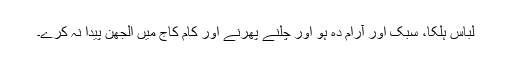
لباس ہلکا، سُبک اور آرام دہ ہو اور چلنے پھرنے اور کام کاج میں الجھن پیدا نہ کرے۔